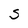
Character: S